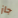
جاز